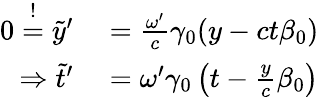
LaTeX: \begin{array}{rl}{0\overset{!}{=}\tilde{y}^{\prime}}&{{}=\frac{\omega^{\prime}}{c}\gamma_{0}(y-ct\beta_{0})}\\ {\Rightarrow\tilde{t}^{\prime}}&{{}=\omega^{\prime}\gamma_{0}\left(t-\frac{y}{c}\beta_{0}\right)}\end{array}